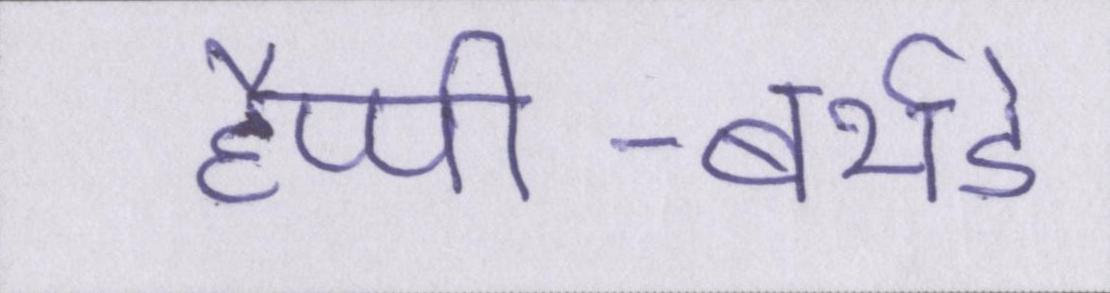
हैप्पी-बर्थडे